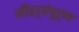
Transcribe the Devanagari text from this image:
सौंदर्यंपूर्ण